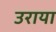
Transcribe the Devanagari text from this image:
उराया